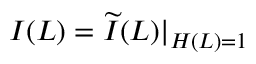
I ( L ) = \widetilde { I } ( L ) | _ { H ( L ) = 1 }